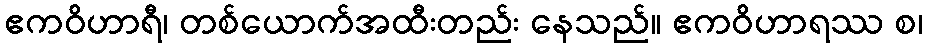
ဧကဝိဟာရီ၊ တစ်ယောက်အထီးတည်း နေသည်။ ဧကဝိဟာရဿ စ၊